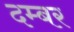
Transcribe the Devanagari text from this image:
दम्बर